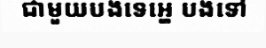
ជាមួយបងទេអ្ហេ បងទៅ